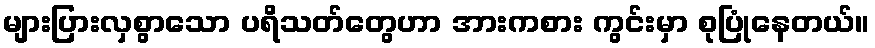
များပြားလှစွာသော ပရိသတ်တွေဟာ အားကစား ကွင်းမှာ စုပြုံနေတယ်။